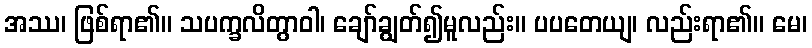
အဿ၊ ဖြစ်ရာ၏။ သပက္ခလိတွာဝါ၊ ချော်ချွတ်၍မူလည်း။ ပပတေယျ၊ လည်းရာ၏။ မေ၊